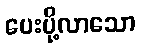
ပေးပို့လာသော